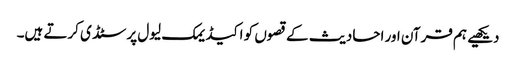
دیکھیے ہم قرآن اور احادیث کے قصوں کو اکیڈیمک لیول پر سٹڈی کرتے ہیں۔